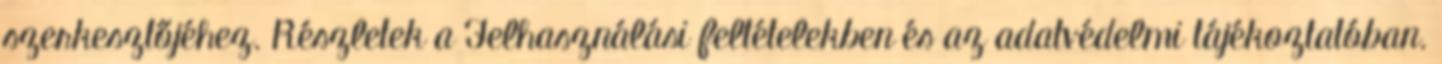
szerkesztőjéhez. Részletek a Felhasználási feltételekben és az adatvédelmi tájékoztatóban.